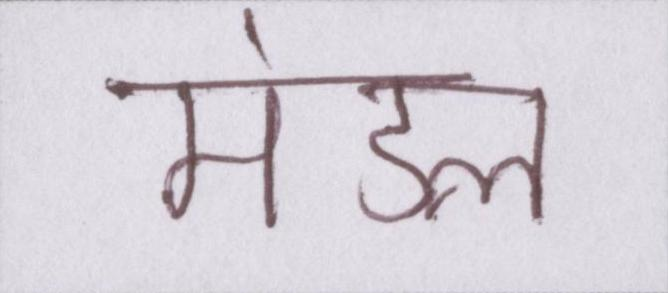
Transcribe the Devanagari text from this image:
मंडल